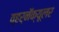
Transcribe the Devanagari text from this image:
व्हर्नॅक्यूलर